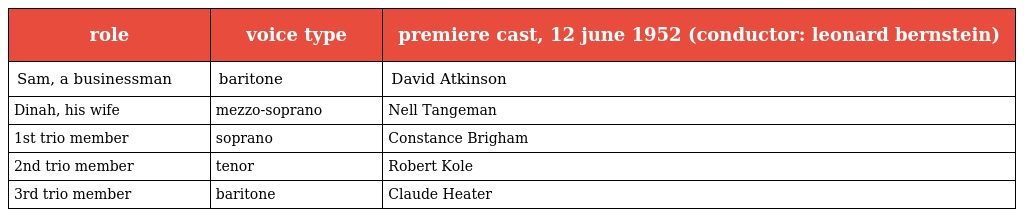
| role | voice type | premiere cast, 12 june 1952 (conductor: leonard bernstein) |
 | --- | --- | --- |
 | Sam, a businessman | baritone | David Atkinson |
 | Dinah, his wife | mezzo-soprano | Nell Tangeman |
 | 1st trio member | soprano | Constance Brigham |
 | 2nd trio member | tenor | Robert Kole |
 | 3rd trio member | baritone | Claude Heater |